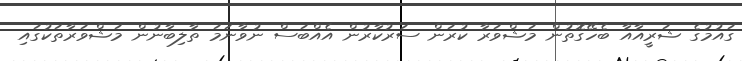
ގައުމުގެ ޝަރީއާއާ ބެހޭގޮތުން މަޝްވަރާ ކުރަން ސަރުކާރުން އެއްބަސް ނުވާނަމަ ތާލިބާނުން މަޝްވަރާތަކުގައި